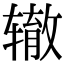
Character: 辙